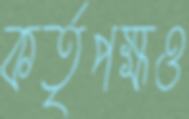
কর্তৃপক্ষও